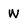
Character: W